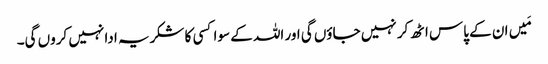
مَیں ان کے پاس اٹھ کر نہیں جاؤں گی اور اللہ کے سوا کسی کا شکریہ ادا نہیں کروں گی۔